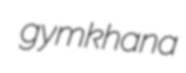
gymkhana